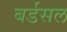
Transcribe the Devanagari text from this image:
बर्डसल